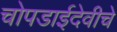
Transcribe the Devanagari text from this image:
चोपडाईदेवीचे